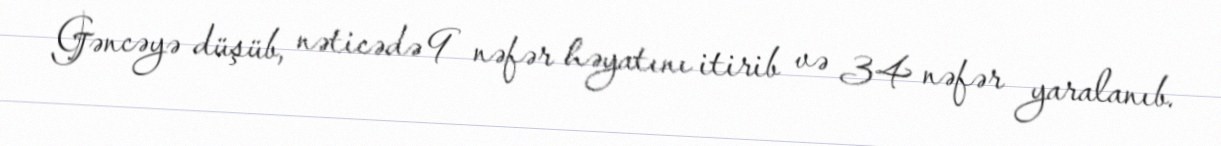
Gəncəyə düşüb, nəticədə 9 nəfər həyatını itirib və 34 nəfər yaralanıb.